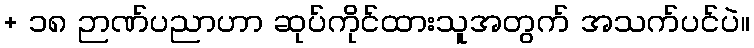
+ ၁၈ ဉာဏ်ပညာဟာ ဆုပ်ကိုင်ထားသူအတွက် အသက်ပင်ပဲ။